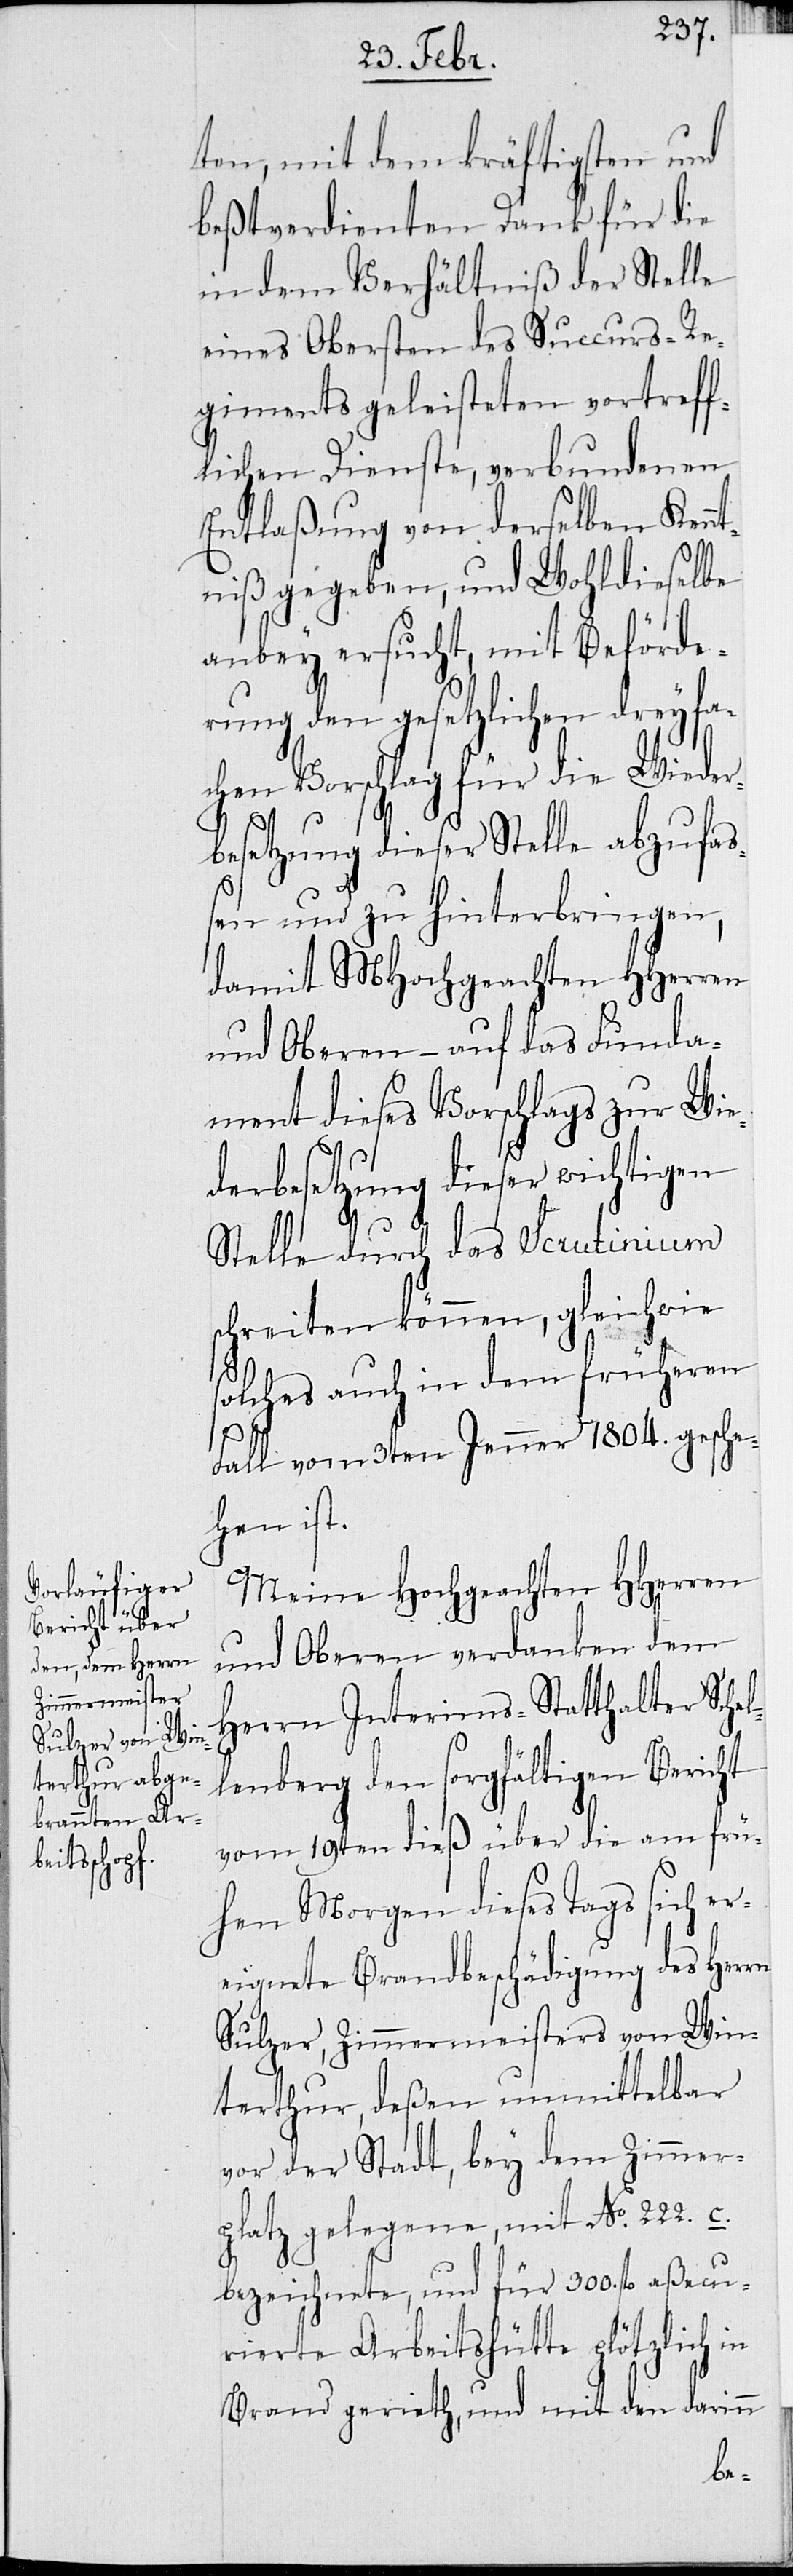
ten, mit dem kräftigsten und
beßtverdienten Dank für die
in dem Verhältniß der Stelle
eines Obersten des Succurs-Re¬
giments geleisteten vortreff¬
lichen Dienste, verbundenen
Entlaßung von derselben Kennt¬
niß gegeben, und Wohldieselbe
anbey ersucht, mit Beförde¬
rung den gesetzlichen dreyfa¬
chen Vorschlag für die Wieder¬
besetzung dieser Stelle abzufaß¬
en und zu hinterbringen,
damit MHochgeachten HHerren
und Oberen – auf das Funda¬
ment dieses Vorschlags zur Wie¬
derbesetzung dieser wichtigen
Stelle durch das Scrutinium s¬
chreiten können, gleichwie
solches auch in dem früheren
Fall vom 3ten Jenner 1804. gesche¬
hen ist.
Meine Hochgeachten HHerren
und Oberen verdanken dem
Herrn Interims-Statthalter Schel¬
lenberg den sorgfältigen Bericht
des 10ten dieß über die am frü¬
hen Morgen dieses Tags sich er¬
eignete Brandbeschädigung des Herrn
Sulzer, Zimmermeisters von Win¬
terthur, deßen unmittelbar
vor der Stadt, bey dem Zimmer¬
platz gelegene, mit No. 222. c.
bezeichnete, und für 300. fl. aßecu¬
rierte Arbeitsstätte plötzlich in
Brand gerieth, und mit den darinn